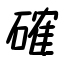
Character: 確